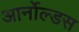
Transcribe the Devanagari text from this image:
आर्नोल्डस